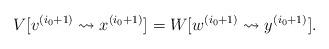
LaTeX: \begin{align*}V[v^{(i_0 + 1)} \leadsto x^{(i_0 + 1)}] = W[w^{(i_0 + 1)} \leadsto y^{(i_0 + 1)}].\end{align*}